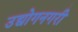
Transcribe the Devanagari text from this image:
उद्योगनगरी